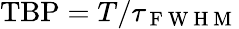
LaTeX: \mathrm{TBP}=T/\tau_{\mathrm{~F~W~H~M~}}